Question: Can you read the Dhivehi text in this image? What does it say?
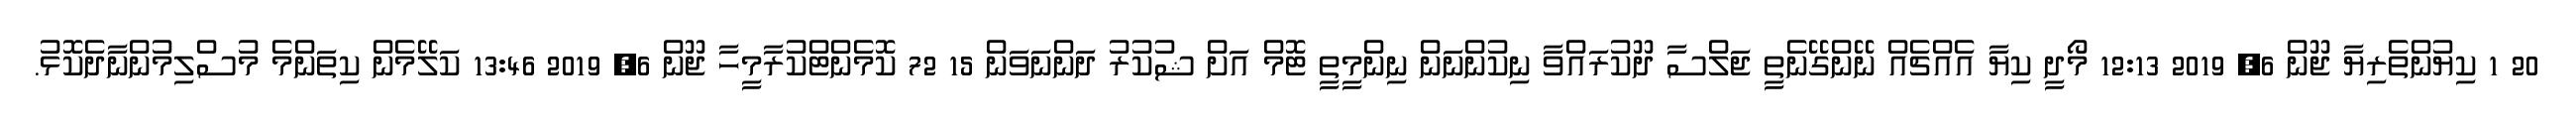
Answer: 20 1 ކިޔުންތެރިޔާ ޖޫން 6, 2019 12:13 މޯދީ ކިޔާ އެއްޗެއް ނޭންގޭނެތީ ޖަލްސާ ދޫކުރައްވާ ނިކުންނަން ނިންމީތީ ޓޮމް އަށް ޝުކުރު ދަންނަވަން 15 72 ކޮމެންޓްކުރާމީހާ ޖޫން 6, 2019 13:46 ކަލޭމެން ކިތަންމެ މުސްލިމުންނާދެކޮޅު.